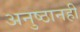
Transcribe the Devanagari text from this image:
अनुष्ठानही